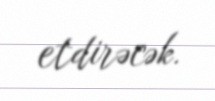
etdirəcək.